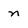
Character: n